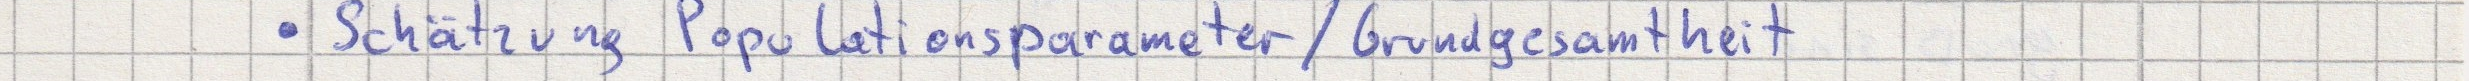
- Schätzung Populationsparameter / Grundgesamtheit